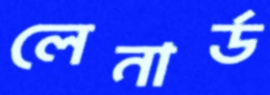
লেনার্ড